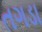
તગડા